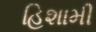
હિશામી